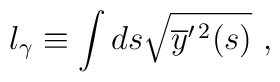
l_\gamma\equiv \int ds\sqrt{\overline y^{\prime\,2}(s)}\ ,